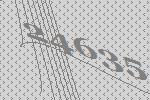
24635